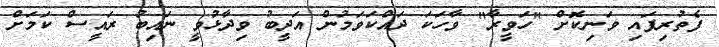
ފެތުރިފައި ވަނިކޮށް "ހަވީރާ" ވާހަކަ ދައްކަވަމުން އަދީބު ވިދާޅުވީ ނައިބު ރައީސް ކަމަށް